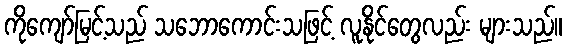
ကိုကျော်မြင့်သည် သဘောကောင်းသဖြင့် လူနိုင်တွေလည်း များသည်။